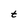
Character: t